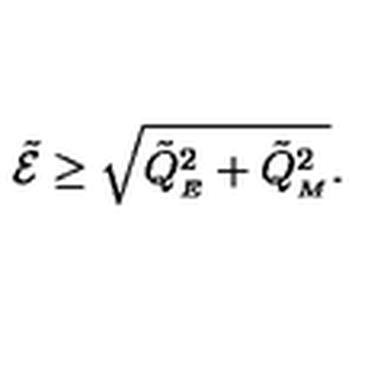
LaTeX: \tilde { \cal E } \geq \sqrt { { \tilde { Q } _ { _ { E } } } ^ { 2 } + { \tilde { Q } _ { _ { M } } } ^ { 2 } } .